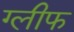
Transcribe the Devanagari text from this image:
ग्लीफ